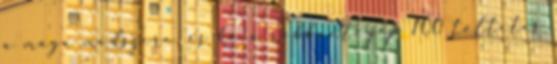
a maga módszere, és ha a robbantógép 100 töltetes